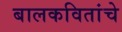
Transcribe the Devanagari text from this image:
बालकवितांचे